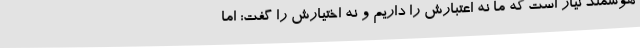
هوشمند نیاز است که ما نه اعتبارش را داریم و نه اختیارش را گفت: اما